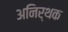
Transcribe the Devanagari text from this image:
अनिर्थक